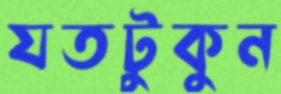
যতটুকুন